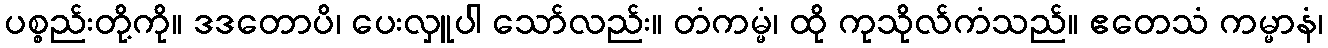
ပစ္စည်းတို့ကို။ ဒဒတောပိ၊ ပေးလှူပါ သော်လည်း။ တံကမ္မံ၊ ထို ကုသိုလ်ကံသည်။ ဧတေသံ ကမ္မာနံ၊